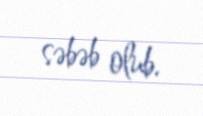
səbəb olub.